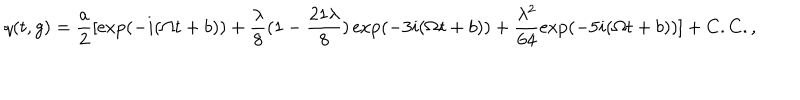
q ( t , g ) = \frac { a } { 2 } [ \exp ( - i ( \Omega t + b ) ) + \frac { \lambda } { 8 } ( 1 - \frac { 2 1 \lambda } { 8 } ) \exp ( - 3 i ( \Omega t + b ) ) + \frac { \lambda ^ { 2 } } { 6 4 } \exp ( - 5 i ( \Omega t + b ) ) ] + C . C . ,